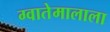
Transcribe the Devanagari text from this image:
ग्वातेमालाला